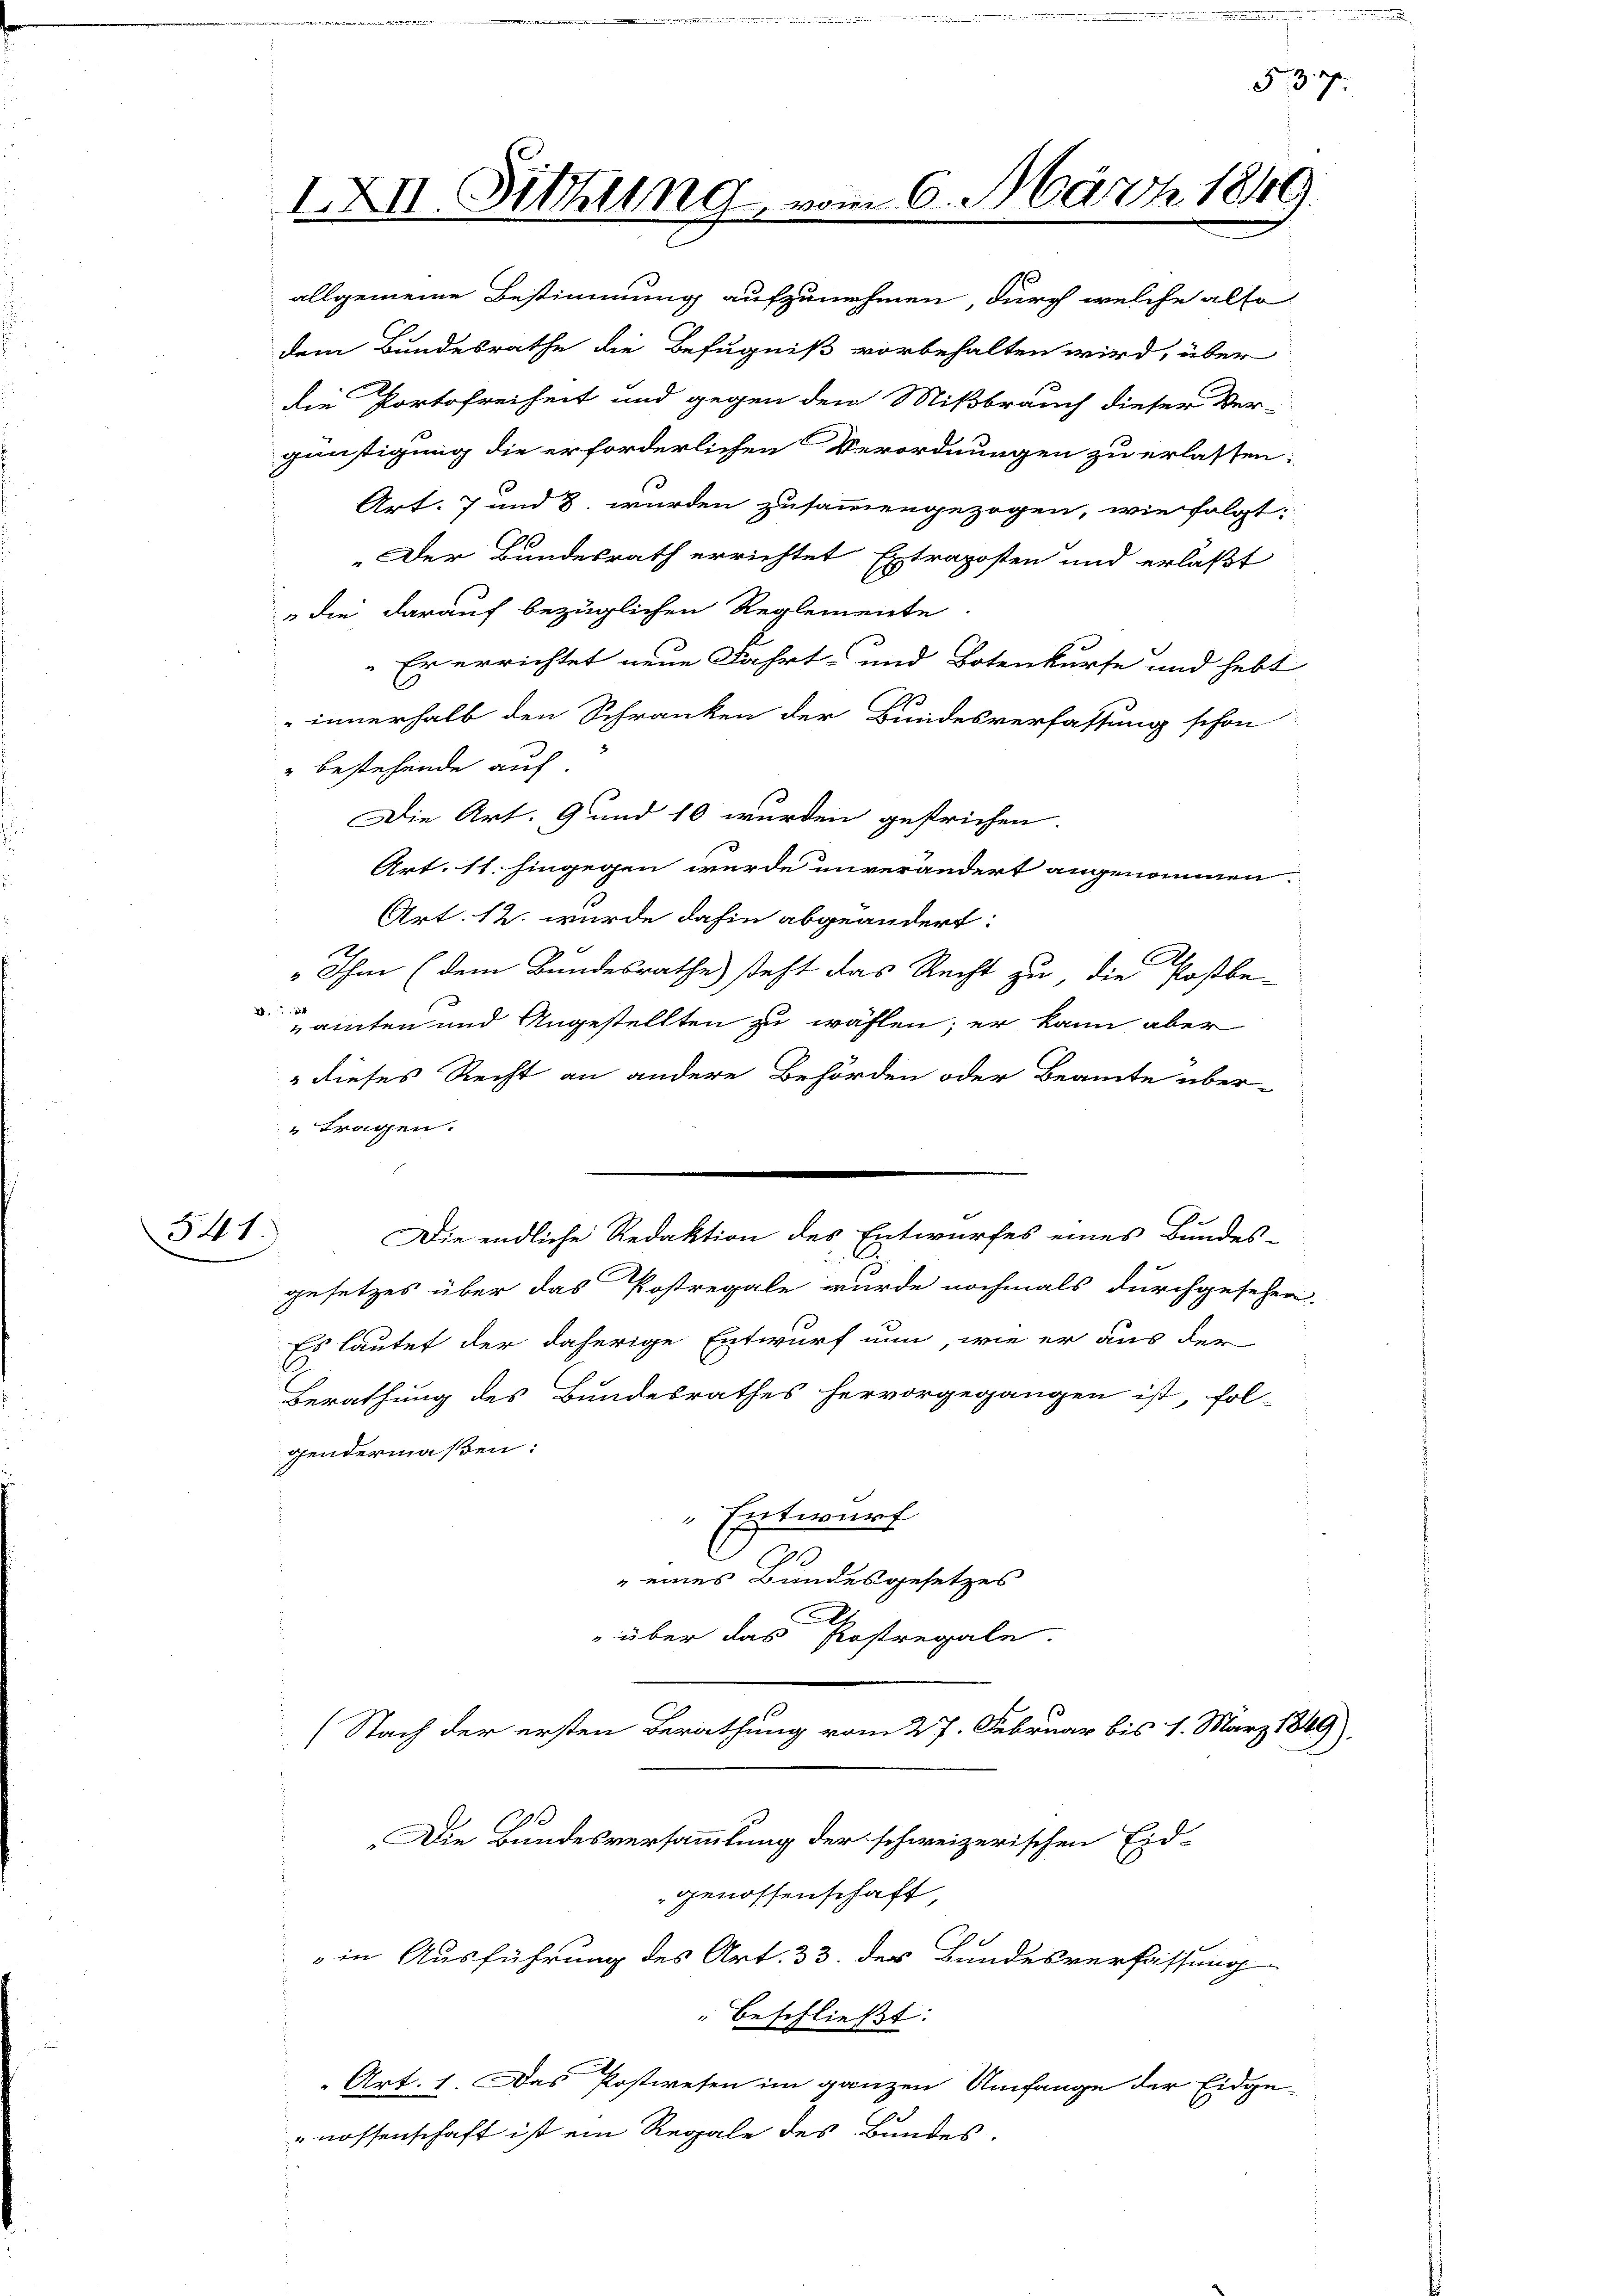
allgemeine Bestimmung aufzunehmen, durch welche also
dem Bundesrathe die Befugniß vorbehalten wird, über
die Portofreiheit und gegen den Mißbrauch dieser Ver-
günstigung die erforderlichen Verordnungen zu erlassen:
Art. 7 und 8. wurden zusammengezogen, wie folgt:
„Der Bundesrath errichtet Extraposten und erläßt
die darauf bezüglichen Reglemente.
Er errichtet neue Fahrt und Botenkurse und hebt
innerhalb den Schranken der Bundesverfassung schon
" bestehende auf.
Die Art. 9 und 10 wurden gestrichen.
Art. 11. hingegen wurde unverändert angenommen.
Art. 12. wurde dahin abgeändert:
 Ihm (dem Bundesrathe steht das Recht zu, die Postbe-
4
amten und Angestellten zu wählen; er kann aber
" dieses Recht an andere Behörden oder Beamte über¬
" tragen.
541.
Die endliche Redaktion des Entwurfes eines Bundes-
gesetzes über das Postregale wurde nochmals durchgesehen.
Es lautet der daherige Entwurf nun, wie er aus der
Berathung des Bundesrathes hervorgegangen ist, fol-
gendermaßen:
Entwurf
.
6
1
" eines Bundesgesetzes
 über das Postregale.
(Nach der ersten Berathung vom 27. Februar bis 1. März 1849,
Die Bundesversammlung der schweizerischen Eidgenossenschaft,
in Ausführung des Art. 33. der Bundesverfassung

IXII. Sitzung, vom 6. März 1849.

" beschließt:
Art. 1. Das Postwesen im ganzen Umfange der Eidge-

2
"nossenschaft ist ein Regale des Bundes.

53